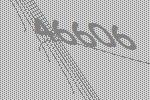
46606